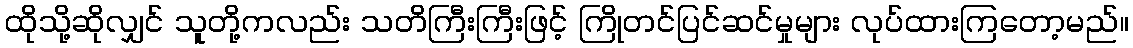
ထိုသို့ဆိုလျှင် သူတို့ကလည်း သတိကြီးကြီးဖြင့် ကြိုတင်ပြင်ဆင်မှုများ လုပ်ထားကြတော့မည်။